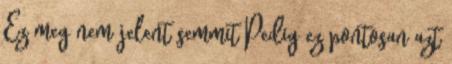
Ez meg nem jelent semmit Pedig ez pontosan azt